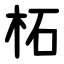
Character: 柘